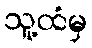
သူ့ထံမှ